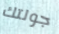
جولتك